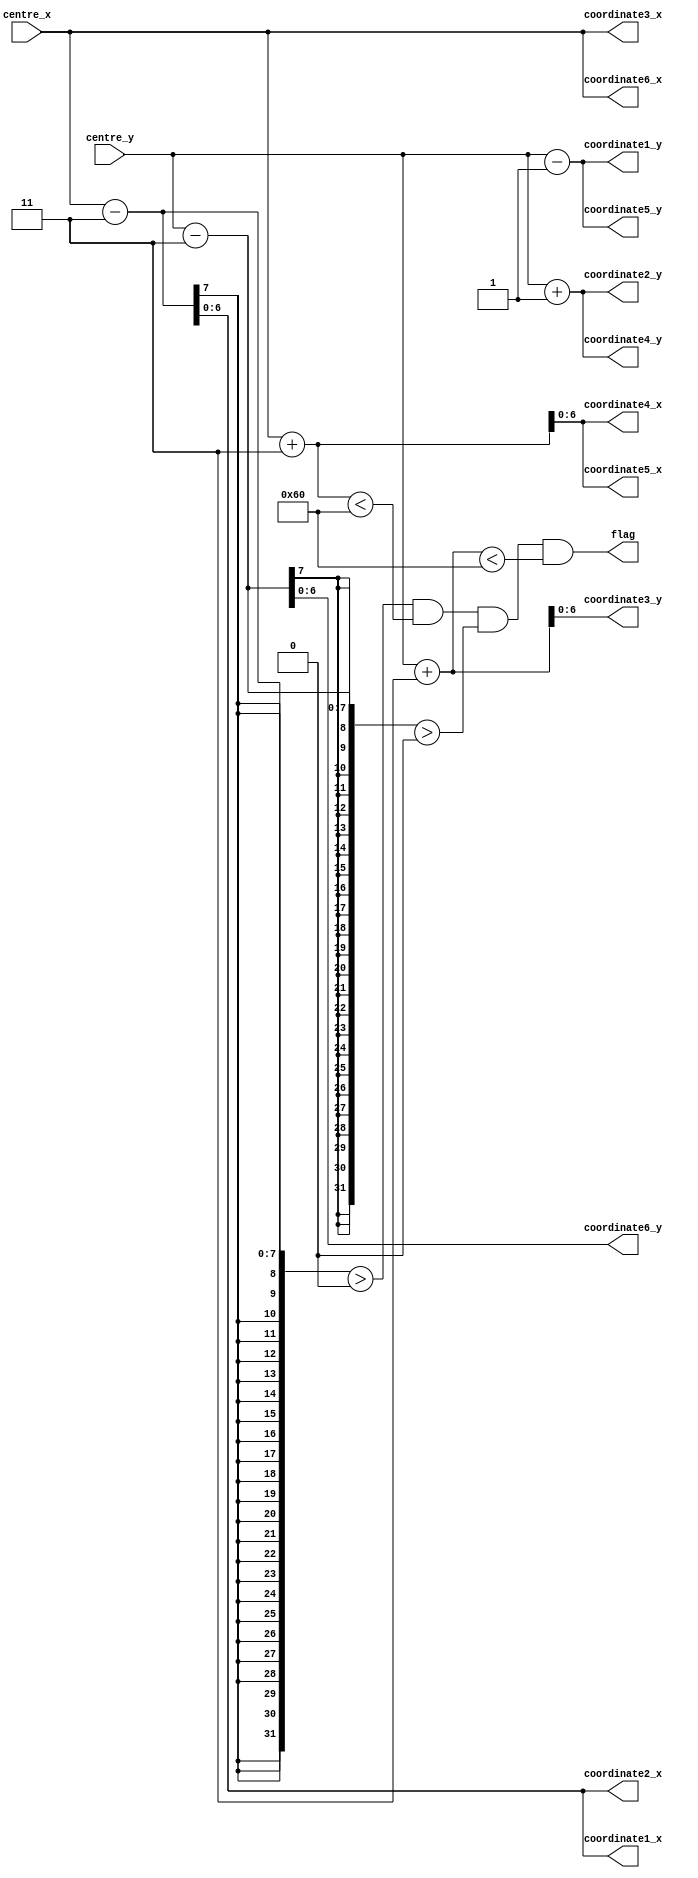
module hexagon_coordinate_calculator(
input [6:0] centre_x,centre_y,
output [6:0] coordinate1_x,coordinate1_y,coordinate2_x,coordinate2_y,coordinate3_x,coordinate3_y,coordinate4_x,coordinate4_y,coordinate5_x,coordinate5_y,coordinate6_x,coordinate6_y,
output flag);

//vertical and horizontal distance of hexagon vertices from centre coordinate is 3

//vertex 1
assign coordinate1_x=centre_x-3;
assign coordinate1_y=centre_y-1;

//vertex 2
assign coordinate2_x=centre_x-3;
assign coordinate2_y=centre_y+1;

//vertex 3
assign coordinate3_x=centre_x;
assign coordinate3_y=centre_y+3;

//vertex 4
assign coordinate4_x=centre_x+3;
assign coordinate4_y=centre_y+1;

//vertex 5
assign coordinate5_x=centre_x+3;
assign coordinate5_y=centre_y-1;

//vertex 6
assign coordinate6_x=centre_x;
assign coordinate6_y=centre_y-3;

//flag denotes whether the generated hexagon coordinates are within the boundry of the frame or not. If not, the FSM skips the computation and the current centre is considered for the motion vector
assign flag=(((centre_x-3)>0)&&((centre_x+3)<96)&&((centre_y-3)>0)&&((centre_y+3)<96));

endmodule